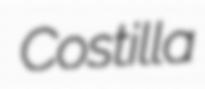
Costilla